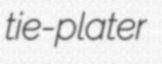
tie-plater